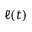
\ell ( t )